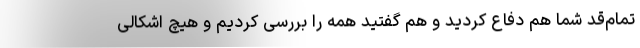
تمام‌قد شما هم دفاع کردید و هم گفتید همه را بررسی کردیم و هیچ اشکالی